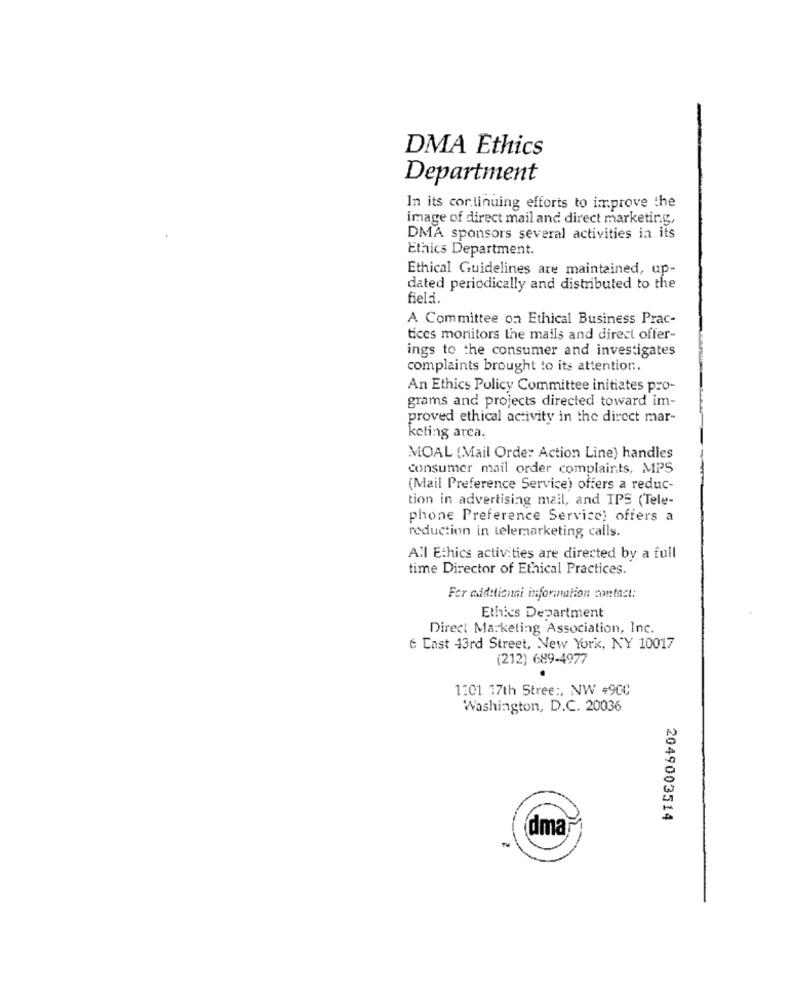
DMA Ethics
Department
In its cor.tinuing efforts to improve the
image of direct mail and direct marketing,
DMA sponsors several activities in its
Ethics Department.
Ethical Guidelines are maintained, up-
dated periodically and distributed to the
field.
A Committee on Ethical Business Prac-
tices monitors the mails and direct offer-
ings to the consumer and investigates
complaints brought to its attention.
An Ethics Policy Committee initiates pro-
grams and projects directed toward im-
proved ethical activity in the direct mar-
keting area.
MOAL (Mail Order Action Line) handles
consumer mail order complaints, MPS
(Mail Preference Service) offers a reduc-
tion in advertising mail, and IPS (Tele-
phone Preference Service) offers a
reduction in telemarketing calls.
All Ethics activities are directed by a full
time Director of Ethical Practices.
For additional information contact:
Ethics Department
Direct Marketing Association, Inc.
6 Cast 43rd Street, New York, NY 10017
(212) 689-4977
1:01 17th Stree :, NW #9CC
Washington, D.C. 20036
2049003514
dma